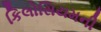
કિલોસિયમની